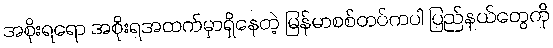
အစိုးရရော အစိုးရအထက်မှာရှိနေတဲ့ မြန်မာစစ်တပ်ကပါ ပြည်နယ်တွေကို